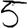
Digit: 5